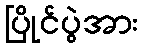
ပြိုင်ပွဲအား